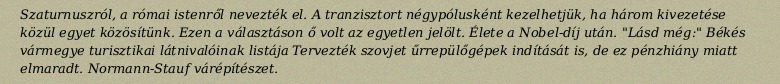
Szaturnuszról, a római istenről nevezték el. A tranzisztort négypólusként kezelhetjük, ha három kivezetése közül egyet közösítünk. Ezen a választáson ő volt az egyetlen jelölt. Élete a Nobel-díj után. "Lásd még:" Békés vármegye turisztikai látnivalóinak listája Tervezték szovjet űrrepülőgépek indítását is, de ez pénzhiány miatt elmaradt. Normann-Stauf várépítészet.